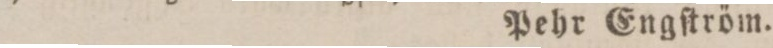
Pehr Engſtröm.